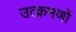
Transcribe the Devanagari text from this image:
उत्क्रमणों